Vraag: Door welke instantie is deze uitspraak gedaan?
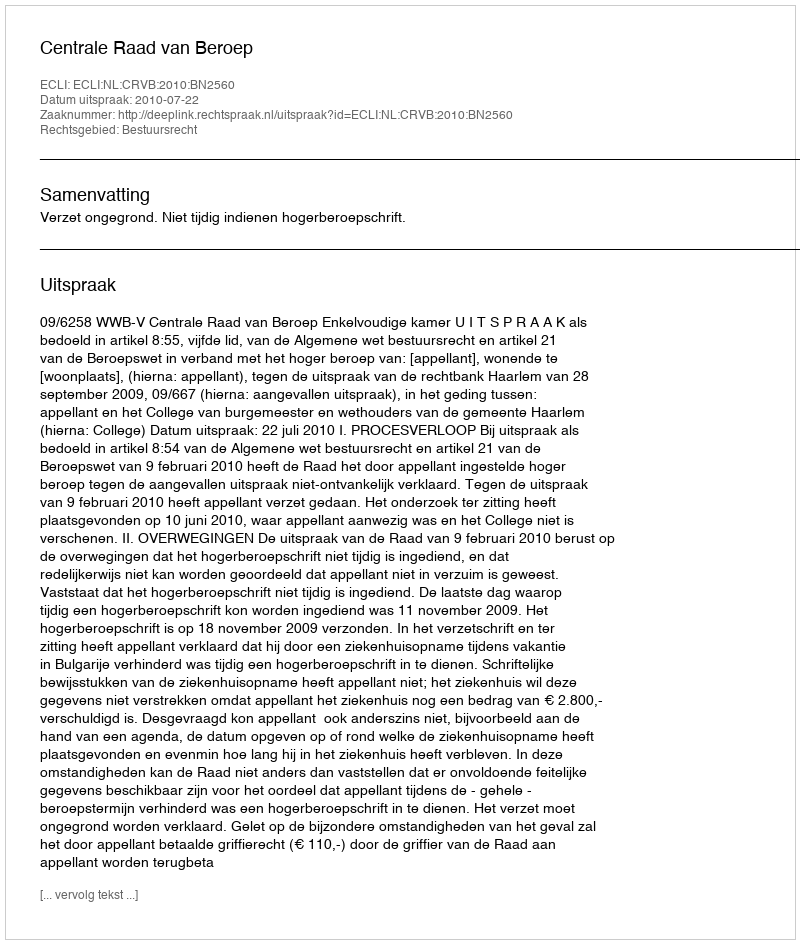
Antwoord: Centrale Raad van Beroep